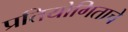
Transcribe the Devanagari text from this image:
प्रतियोगिताचे